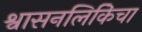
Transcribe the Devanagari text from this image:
श्वासनलिकिेचा